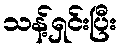
သန့်ရှင်းပြီး